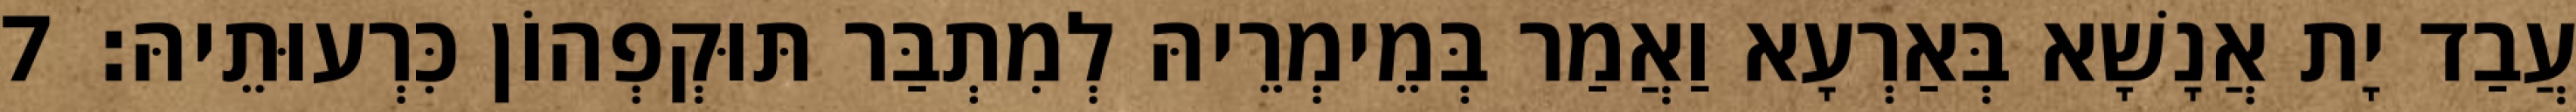
עֲבַד יָת אֲנָשָׁא בְּאַרְעָא וַאֲמַר בְּמֵימְרֵיהּ לְמִתְבַּר תּוּקְפְהוֹן כִּרְעוּתֵיהּ׃ 7